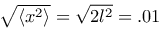
\sqrt { \langle x ^ { 2 } \rangle } = \sqrt { 2 l ^ { 2 } } = . 0 1